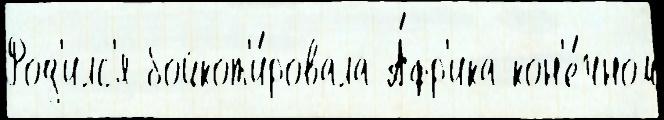
Род'илс'я бойкот'и́ровала А́фр'ика кон'е́чном